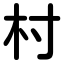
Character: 村